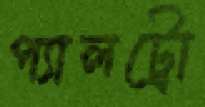
প্যালট্রো